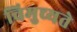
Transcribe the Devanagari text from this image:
विमुच्यते